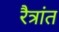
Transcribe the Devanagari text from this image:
रैत्रांत